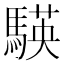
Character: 𮪒